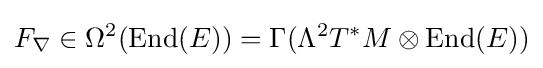
F_{\nabla }\in \Omega ^{2}(\mathrm {End} (E))=\Gamma (\Lambda ^{2}T^{*}M\otimes \mathrm {End} (E))